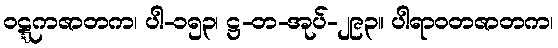
ဝဋ္ဋကဇာတက၊ ပါ-၁၅၃၊ ဋ္ဌ-တ-အုပ်-၂၉၃။ ပါရာဝတဇာတက၊